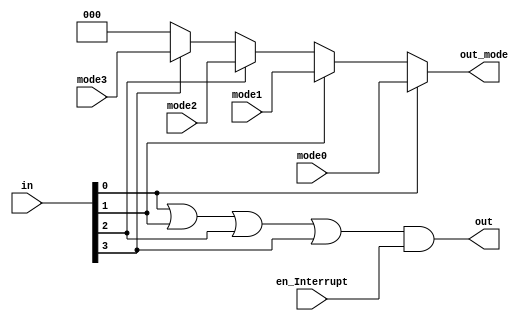
`timescale 1ns / 1ps
//////////////////////////////////////////////////////////////////////////////////
// Company: 
// Engineer: 
// 
// Design Name: 
// Module Name: Input_Priority
// Project Name: 
// Target Devices: 
// Tool Versions: 
// Description: 
// 
// Dependencies: 
// 
// Revision:
// Revision 0.01 - File Created
// Additional Comments:
// 
//////////////////////////////////////////////////////////////////////////////////


module Input_Priority(
    input [3:0]in,
    input en_Interrupt,
    input [2:0]mode0,mode1,mode2,mode3,
    output out,
    output reg [2:0]out_mode
    );
    
    assign out=(in[0] | in[1] | in[2] | in[3]) & en_Interrupt;
    
    always @ (*)
    begin
        if (in[0])
        begin
            out_mode=mode0;
        end
        else if (in[1])
        begin
            out_mode=mode1;
        end
        else if (in[2])
        begin
            out_mode=mode2;
        end
        else if (in[3])
        begin
            out_mode=mode3;
        end
        else
        begin
            out_mode=3'b000;
        end
    end
endmodule